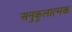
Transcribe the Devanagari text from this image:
अनुकूलात्मक